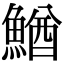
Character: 鰌